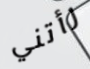
رأتني